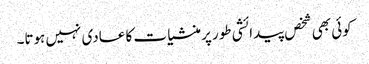
کوئی بھی شخص پیدائشی طور پر منشیا ت کا عادی نہیں ہوتا۔